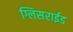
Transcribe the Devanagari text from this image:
ग्लिसराईड